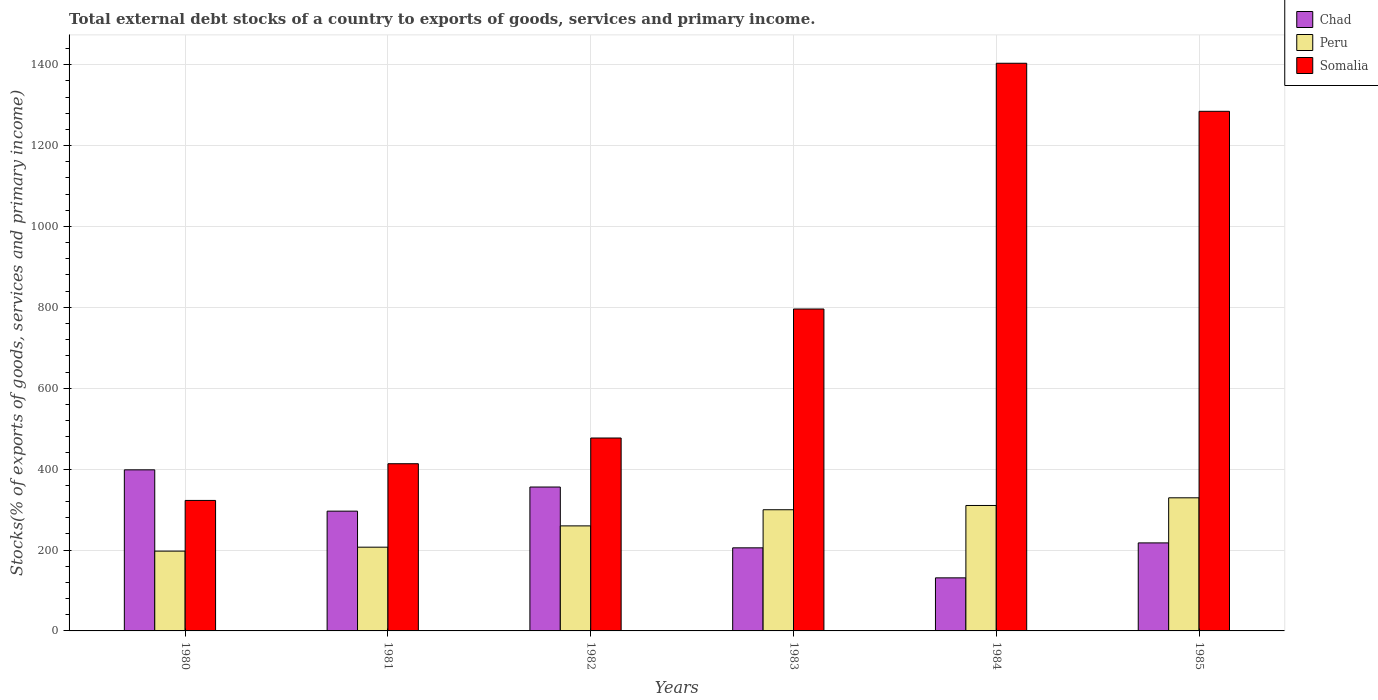
| Years | Chad | Peru | Somalia |
 | --- | --- | --- | --- |
 | 1980 | 398 | 197 | 323 |
 | 1981 | 296 | 207 | 413 |
 | 1982 | 356 | 260 | 477 |
 | 1983 | 205 | 300 | 796 |
 | 1984 | 131 | 310 | 1.4e+03 |
 | 1985 | 218 | 329 | 1.28e+03 |